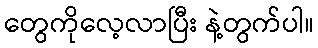
တွေကိုလေ့လာပြီး နဲ့တွက်ပါ။